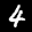
Label: 4